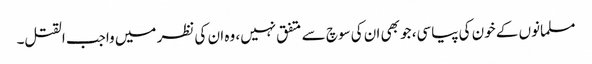
مسلمانوں کے خون کی پیاسی، جو بھی ان کی سوچ سے متفق نہیں، وہ ان کی نظر میں واجب القتل۔